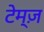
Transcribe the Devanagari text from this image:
टेम्ज़